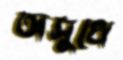
অসুখে